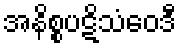
အနိစ္စပဋိသံဝေဒီ